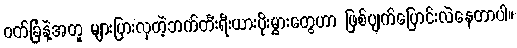
ဝက်ခြံနဲ့အတူ များပြားလှတဲ့ဘက်တီးရီးယားပိုးမွှားတွေဟာ ဖြစ်ပျက်ပြောင်းလဲနေတာပါ။